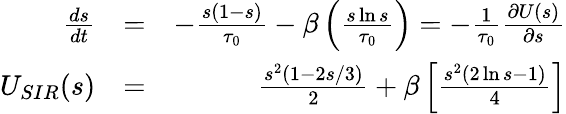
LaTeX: \begin{array}{rlr}{\frac{d{s}}{dt}}&{=}&{-\frac{{s}(1-{s})}{\tau_{0}}-\beta\left(\frac{s\ln{s}}{\tau_{0}}\right)=-\frac{1}{\tau_{0}}\frac{\partial U(s)}{\partial s}}\\ {U_{SIR}(s)}&{=}&{\frac{s^{2}(1-2s/3)}{2}+\beta\left[\frac{s^{2}(2\ln{s}-1)}{4}\right]}\end{array}